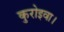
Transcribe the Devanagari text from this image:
कुरोइवा।